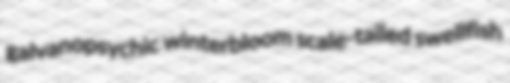
galvanopsychic winterbloom scale-tailed swellfish